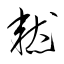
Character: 憖